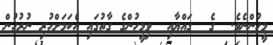
މީހުންނެވެ.  ގެ  ގައްޔާއި  ވިމީހުންގެ ގާތުގައި އެކަމަށްހުރި ނުރުހުން